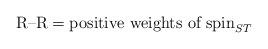
LaTeX: \begin{align*}\mbox{R--R}= \mbox{positive weights of }\mbox{spin}_{ST}\end{align*}